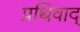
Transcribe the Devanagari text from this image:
प्रथिवाद्